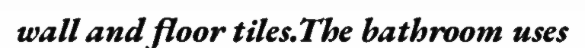
wall and floor tiles.The bathroom uses